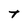
Character: T